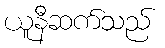
ယူနီဆက်သည်